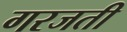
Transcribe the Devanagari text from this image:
गरजती